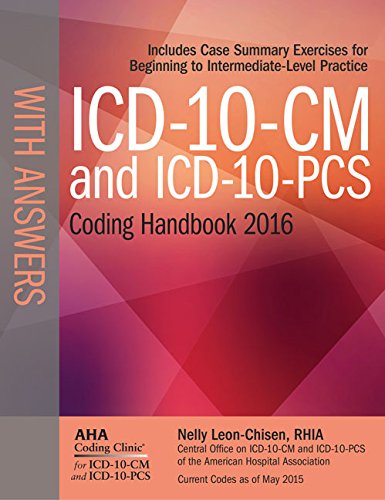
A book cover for ICD-10-CM and ICD-10-PCS Coding Handbook, with Answers, 2016 Rev. Ed.; Nelly Leon-Chisen; Medical Books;